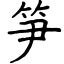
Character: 笋